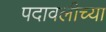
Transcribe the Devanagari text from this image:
पदावलीच्या